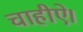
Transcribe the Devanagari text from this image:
चाहीऐ।